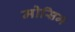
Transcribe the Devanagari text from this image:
मोसिम